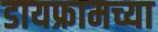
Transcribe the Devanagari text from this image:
डायफ्रामच्या